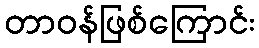
တာဝန်ဖြစ်ကြောင်း